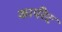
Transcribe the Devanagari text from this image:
कार्परेट